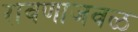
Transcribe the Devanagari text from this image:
रावणाजवळ